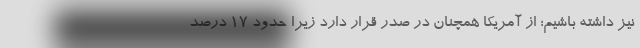
نیز داشته باشیم؛ از آمریکا همچنان در صدر قرار دارد زیرا حدود 17 درصد